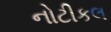
નોટીકલ